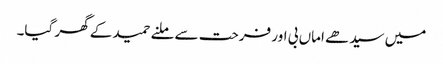
میں سیدھے اماں بی اور فرحت سے ملنے حمید کے گھر گیا۔